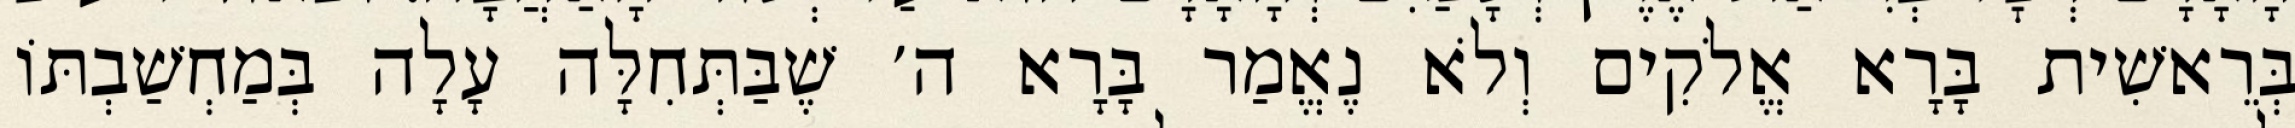
בְּרֵאשִׁית בָּרָא אֱלֹקִים וְלֹא נֶאֱמַר בָּרָא ה׳ שֶׁבַּתְּחִלָּה עָלָה בְּמַחְשַׁבְתּוֹ